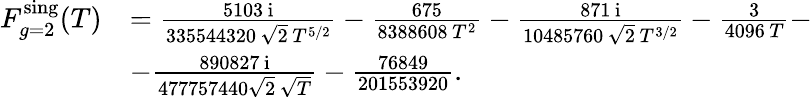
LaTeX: \begin{array}{rl}{F_{g=2}^{\mathrm{sing}}(T)}&{=\frac{5103\, {\mathrm{i}}}{335544320\, \sqrt{2}\, T^{5/2}}-\frac{675}{8388608\, T^{2}}-\frac{871\, {\mathrm{i}}}{10485760\, \sqrt{2}\, T^{3/2}}-\frac{3}{4096\, T}-}\\ &{-\frac{890827\, {\mathrm{i}}}{477757440\sqrt{2}\, \sqrt{T}}-\frac{76849}{201553920}.}\end{array}